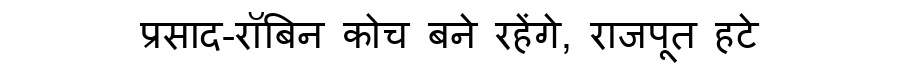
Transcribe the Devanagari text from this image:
प्रसाद-रॉबिन कोच बने रहेंगे, राजपूत हटे